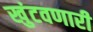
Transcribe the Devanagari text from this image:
खुंटवणारी